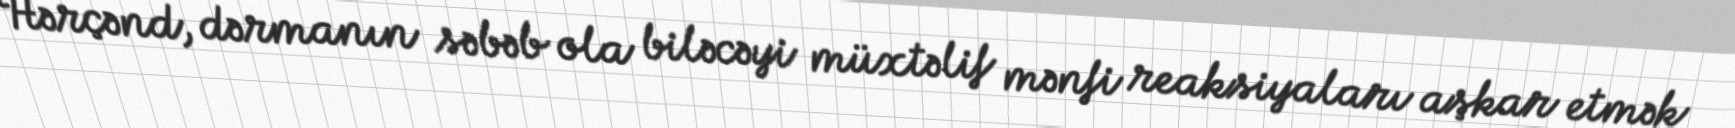
Hərçənd, dərmanın səbəb ola biləcəyi müxtəlif mənfi reaksiyaları aşkar etmək